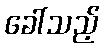
ခေါ်သည့်